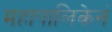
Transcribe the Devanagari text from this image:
महापालिकेनं